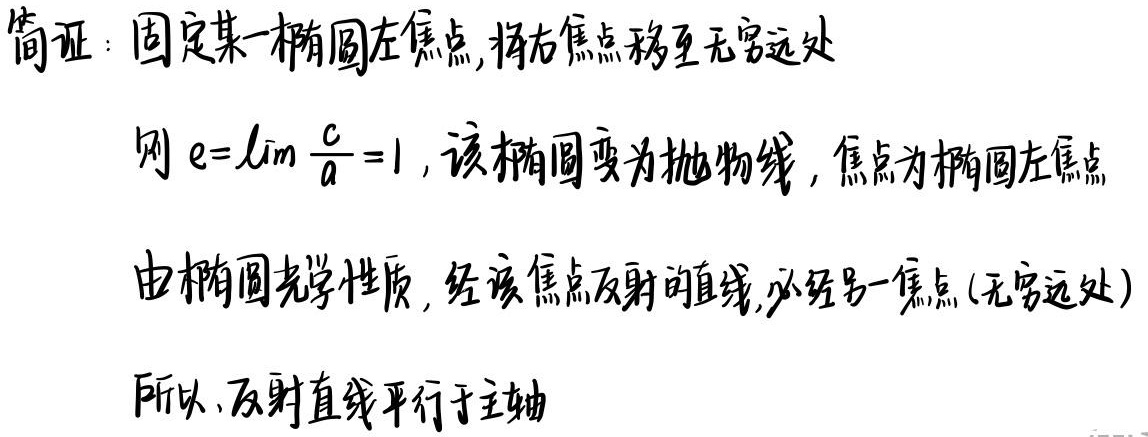
简证：固定某一椭圆左焦点，将右焦点移至无穷远处

则 $e = \lim\frac{c}{a}=1$，该椭圆变为抛物线，焦点为椭圆左焦点

由椭圆光学性质，经该焦点反射的直线，必经另一焦点(无穷远处)

所以，反射直线平行于主轴